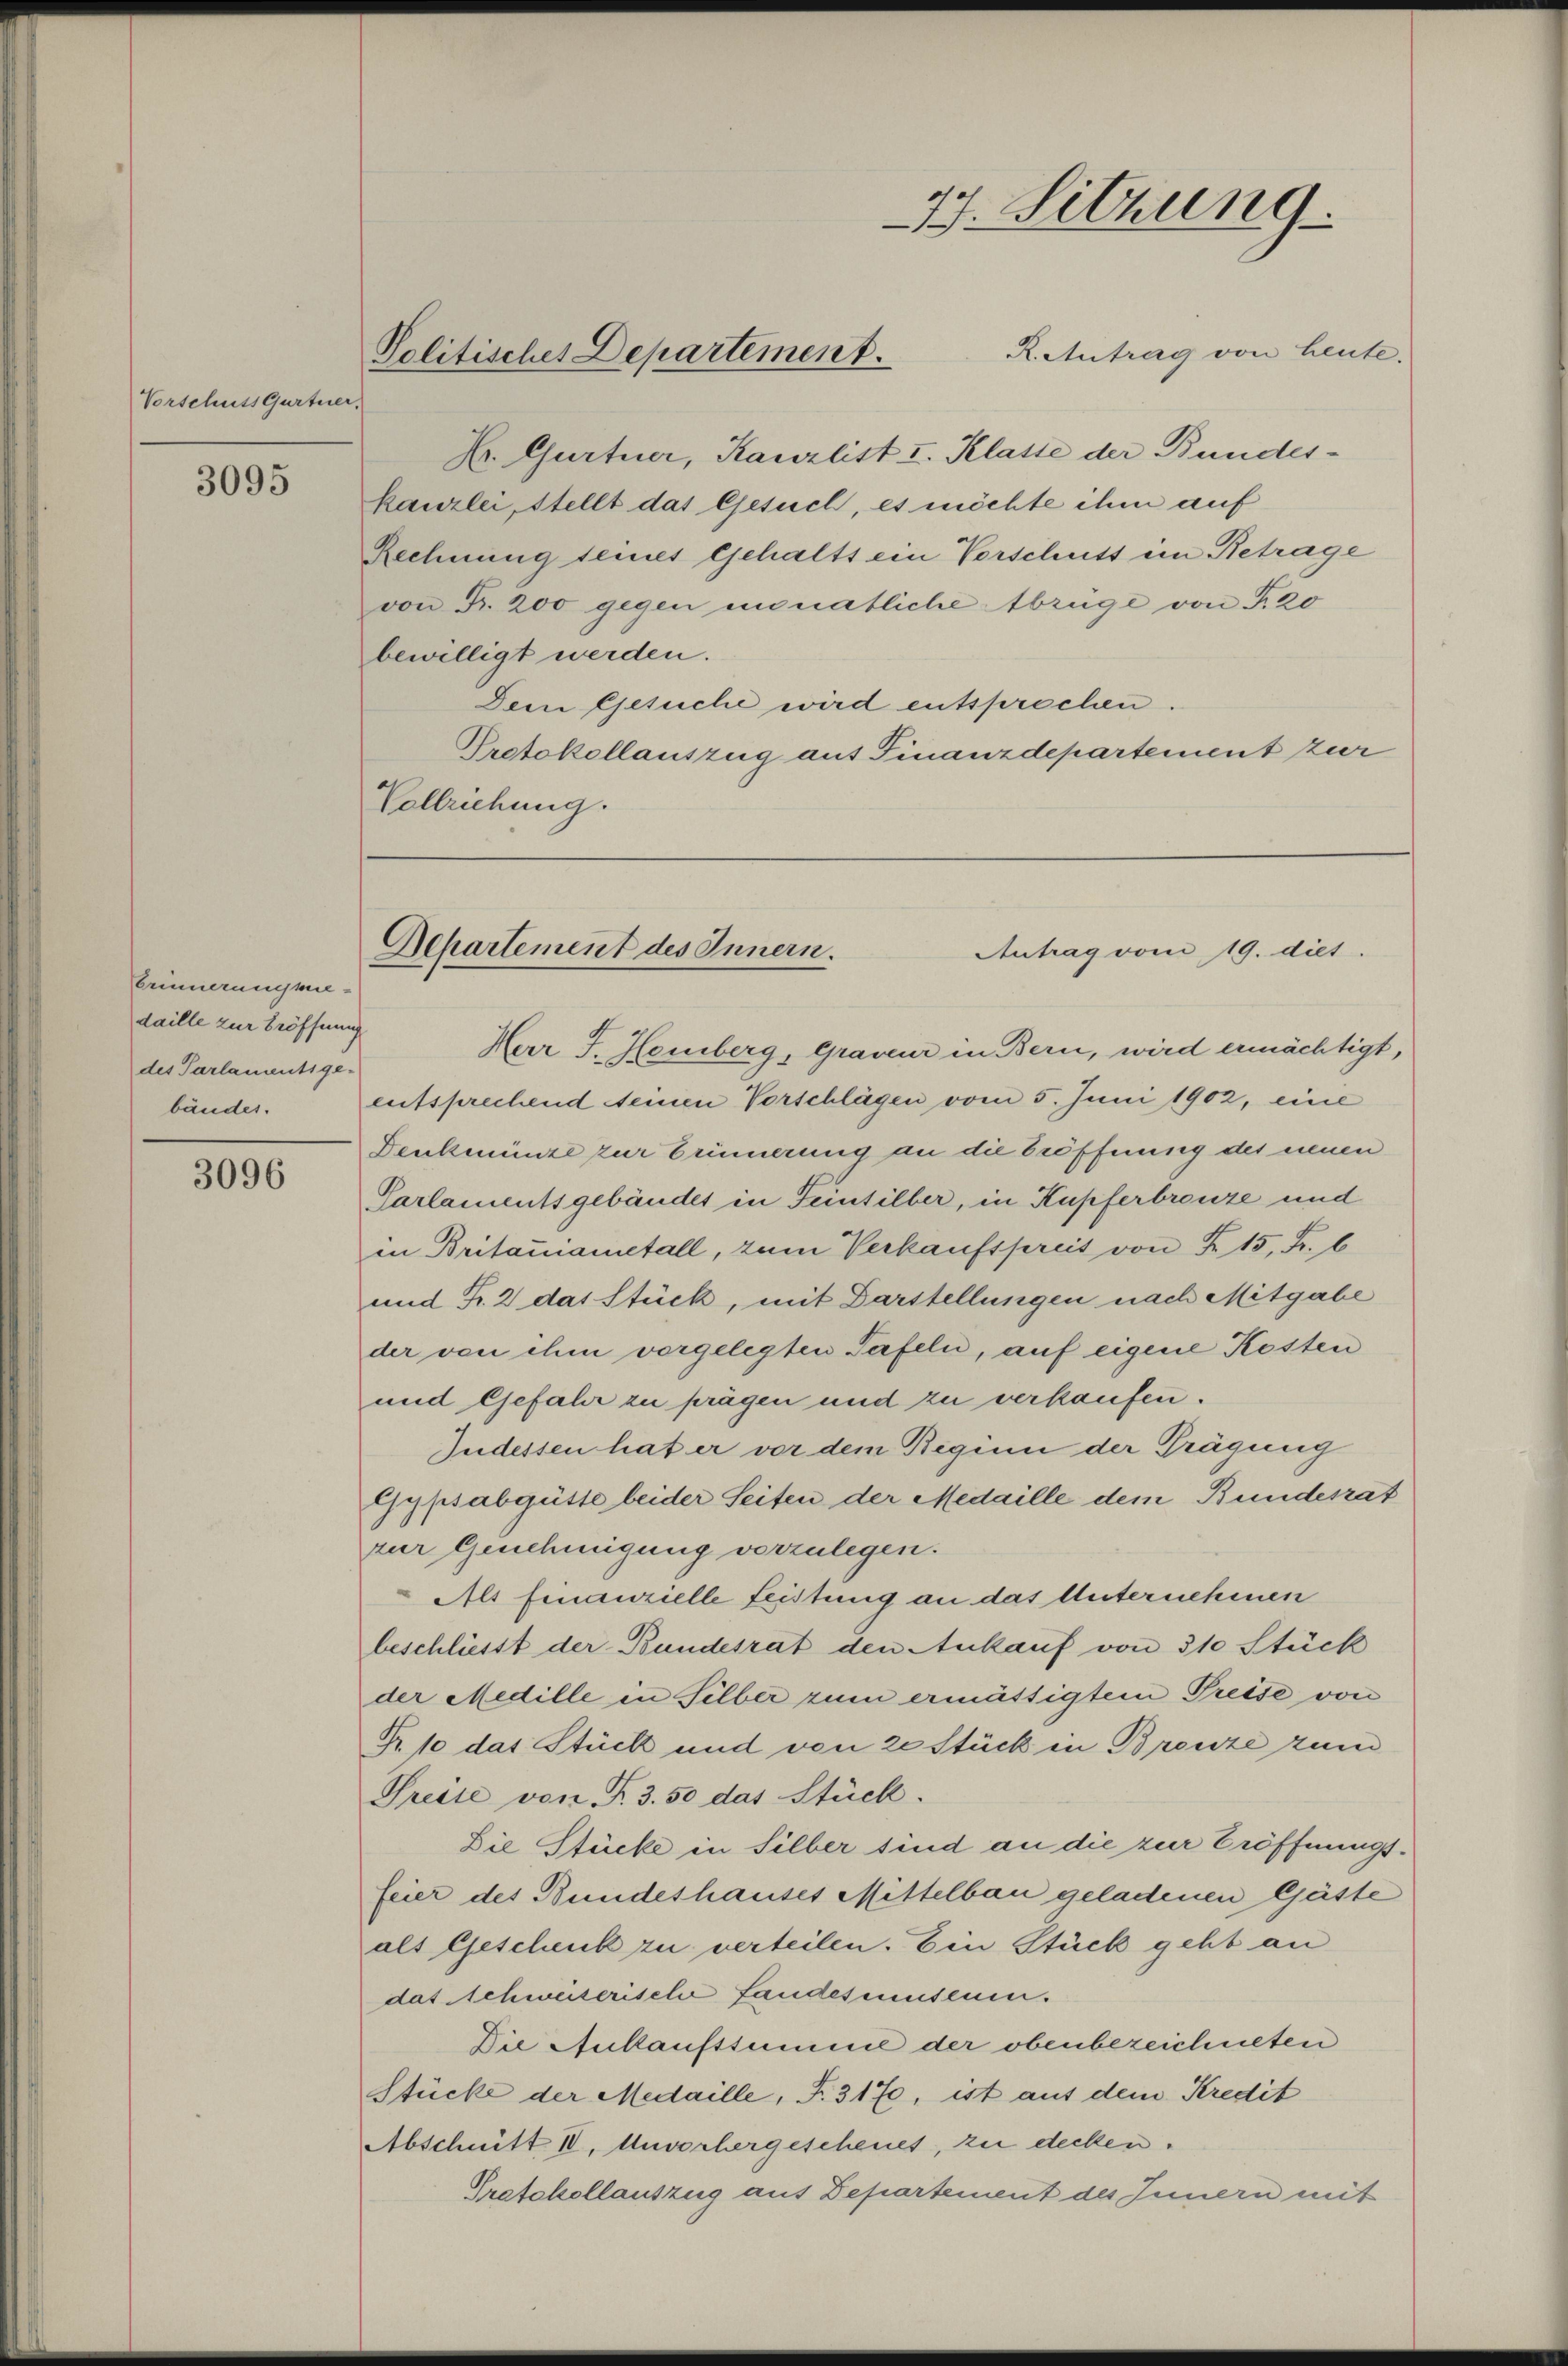
Vorschuts Gurtner,

3095

Erinnerungsnedaille zur Eröffnung
des Parlamentsge-
bäudes.

3096

77. Sitzung.
R. Antrag von heute.
Politisches Departement.

Hr. Gurtner, Kanzlist I. Klasse der Bundeskanzlei, stellt das Gesuch, es möchte ihm auf
Rechnung seines Gehalts ein Vorschuss im Betrage
von Fr. 200 gegen monatliche Abzüge von Fr. 20
bewilligt werden.
Dem Gesuche wird entsprechen.
Protokollauszug auf Finanzdepartement zur
Vollziehung.

Herr J. Homberg, Graveur in Bern, wird ermächtigt,
entsprechend seinen Vorschlägen vom 5. Juni 1902, eine
Denkmünze zur Erinnerung an die Eröffnung des neuen
Parlamentsgebäudet in Teintilber, in Kupferbrenze und
in Britaniametall, zum Verkaufspreit von Fr. 15, Fr. b
und Fr. 2 das Stück, mit Darstellungen nach Mitgabe
der von ihm vorgelegten Tafeln, auf eigene Kosten
und Gefahr zu prägen und zu verkaufen.
Indessen hat er vor dem Beginn der Prägung
Gypsabgüste beider Seiten der Medaille dem Bundesrat
zur Genehmigung vorzulegen.
Als finanzielle Leistung an das Unternehmen
beschliesst der Bundesrat den Ankauf von 310 Stück
der Medille in Silber zum ermässigtem Preise von
R. 10 das Stück und von 20 Stück in Bronze zum
Preise von Fr. 3. 50 das Stück.
Die Stücke in Silber sind an die zur Eröffnungsfeier des Bundeshauses Mittelbau geladenen Gäste
als Geschenk zu verteilen. Ein Stück geht an
das Schweiserischer Landesuseum.
Die Ankaufssummel der obenbezeichneten
Stücke der Medaille, F. 3170, ist aus dem Kredit
Abschnitt IV, Unvorhergeschenes, zu decken.
Protokollauszug aus Departement des Innern mit

Departement des Innern.
Antrag vom 19. diet.